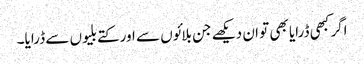
اگر کبھی ڈرایا بھی تو ان دیکھے جن بلائوں سے اور کتے بلیوں سے ڈرایا۔